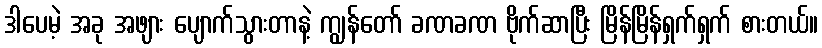
ဒါပေမဲ့ အခု အဖျား ပျောက်သွားတာနဲ့ ကျွန်တော် ခဏခဏ ဗိုက်ဆာပြီး မြိန်မြိန်ရှက်ရှက် စားတယ်။